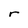
Character: r